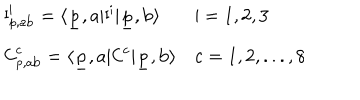
LaTeX: \begin{array} { l l } { { { \sf I } _ { { \sf p } , \mathrm { a b } } ^ { \sf i } = \langle \underline { { { \sf p } } } , \mathrm { a } | { \sf I } ^ { \sf i } | \underline { { { \sf p } } } , \mathrm { b } \rangle } } & { { { \sf i } = 1 , 2 , 3 } } \\ { { { \sf C } _ { { \sf p } , \mathrm { a b } } ^ { \sf c } = \langle \underline { { { \sf p } } } , \mathrm { a } | { \sf C } ^ { \sf c } | \underline { { { \sf p } } } , \mathrm { b } \rangle } } & { { { \sf c } = 1 , 2 , . . . , 8 } } \\ \end{array} \hspace { 7 c m }